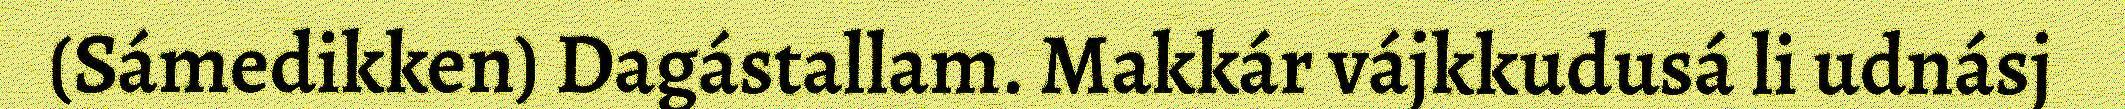
(Sámedikken) Dagástallam. Makkár vájkkudusá li udnásj